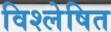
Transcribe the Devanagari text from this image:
विश्‍लेषित